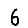
Digit: 6